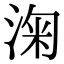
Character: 淗